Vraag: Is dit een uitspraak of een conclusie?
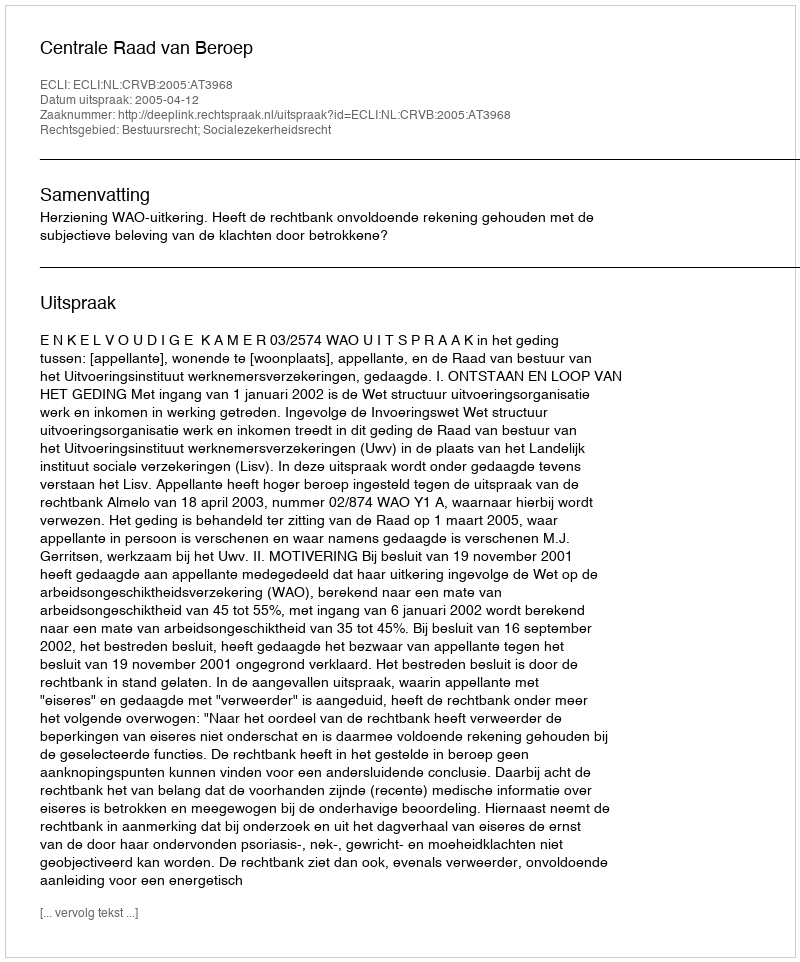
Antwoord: Uitspraak